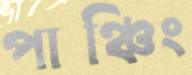
পাঞ্চিং